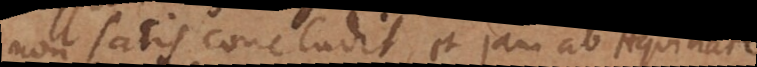
non satis concludit, et jam ab Aquinate